Trukikaitis_Postimees, lk 7
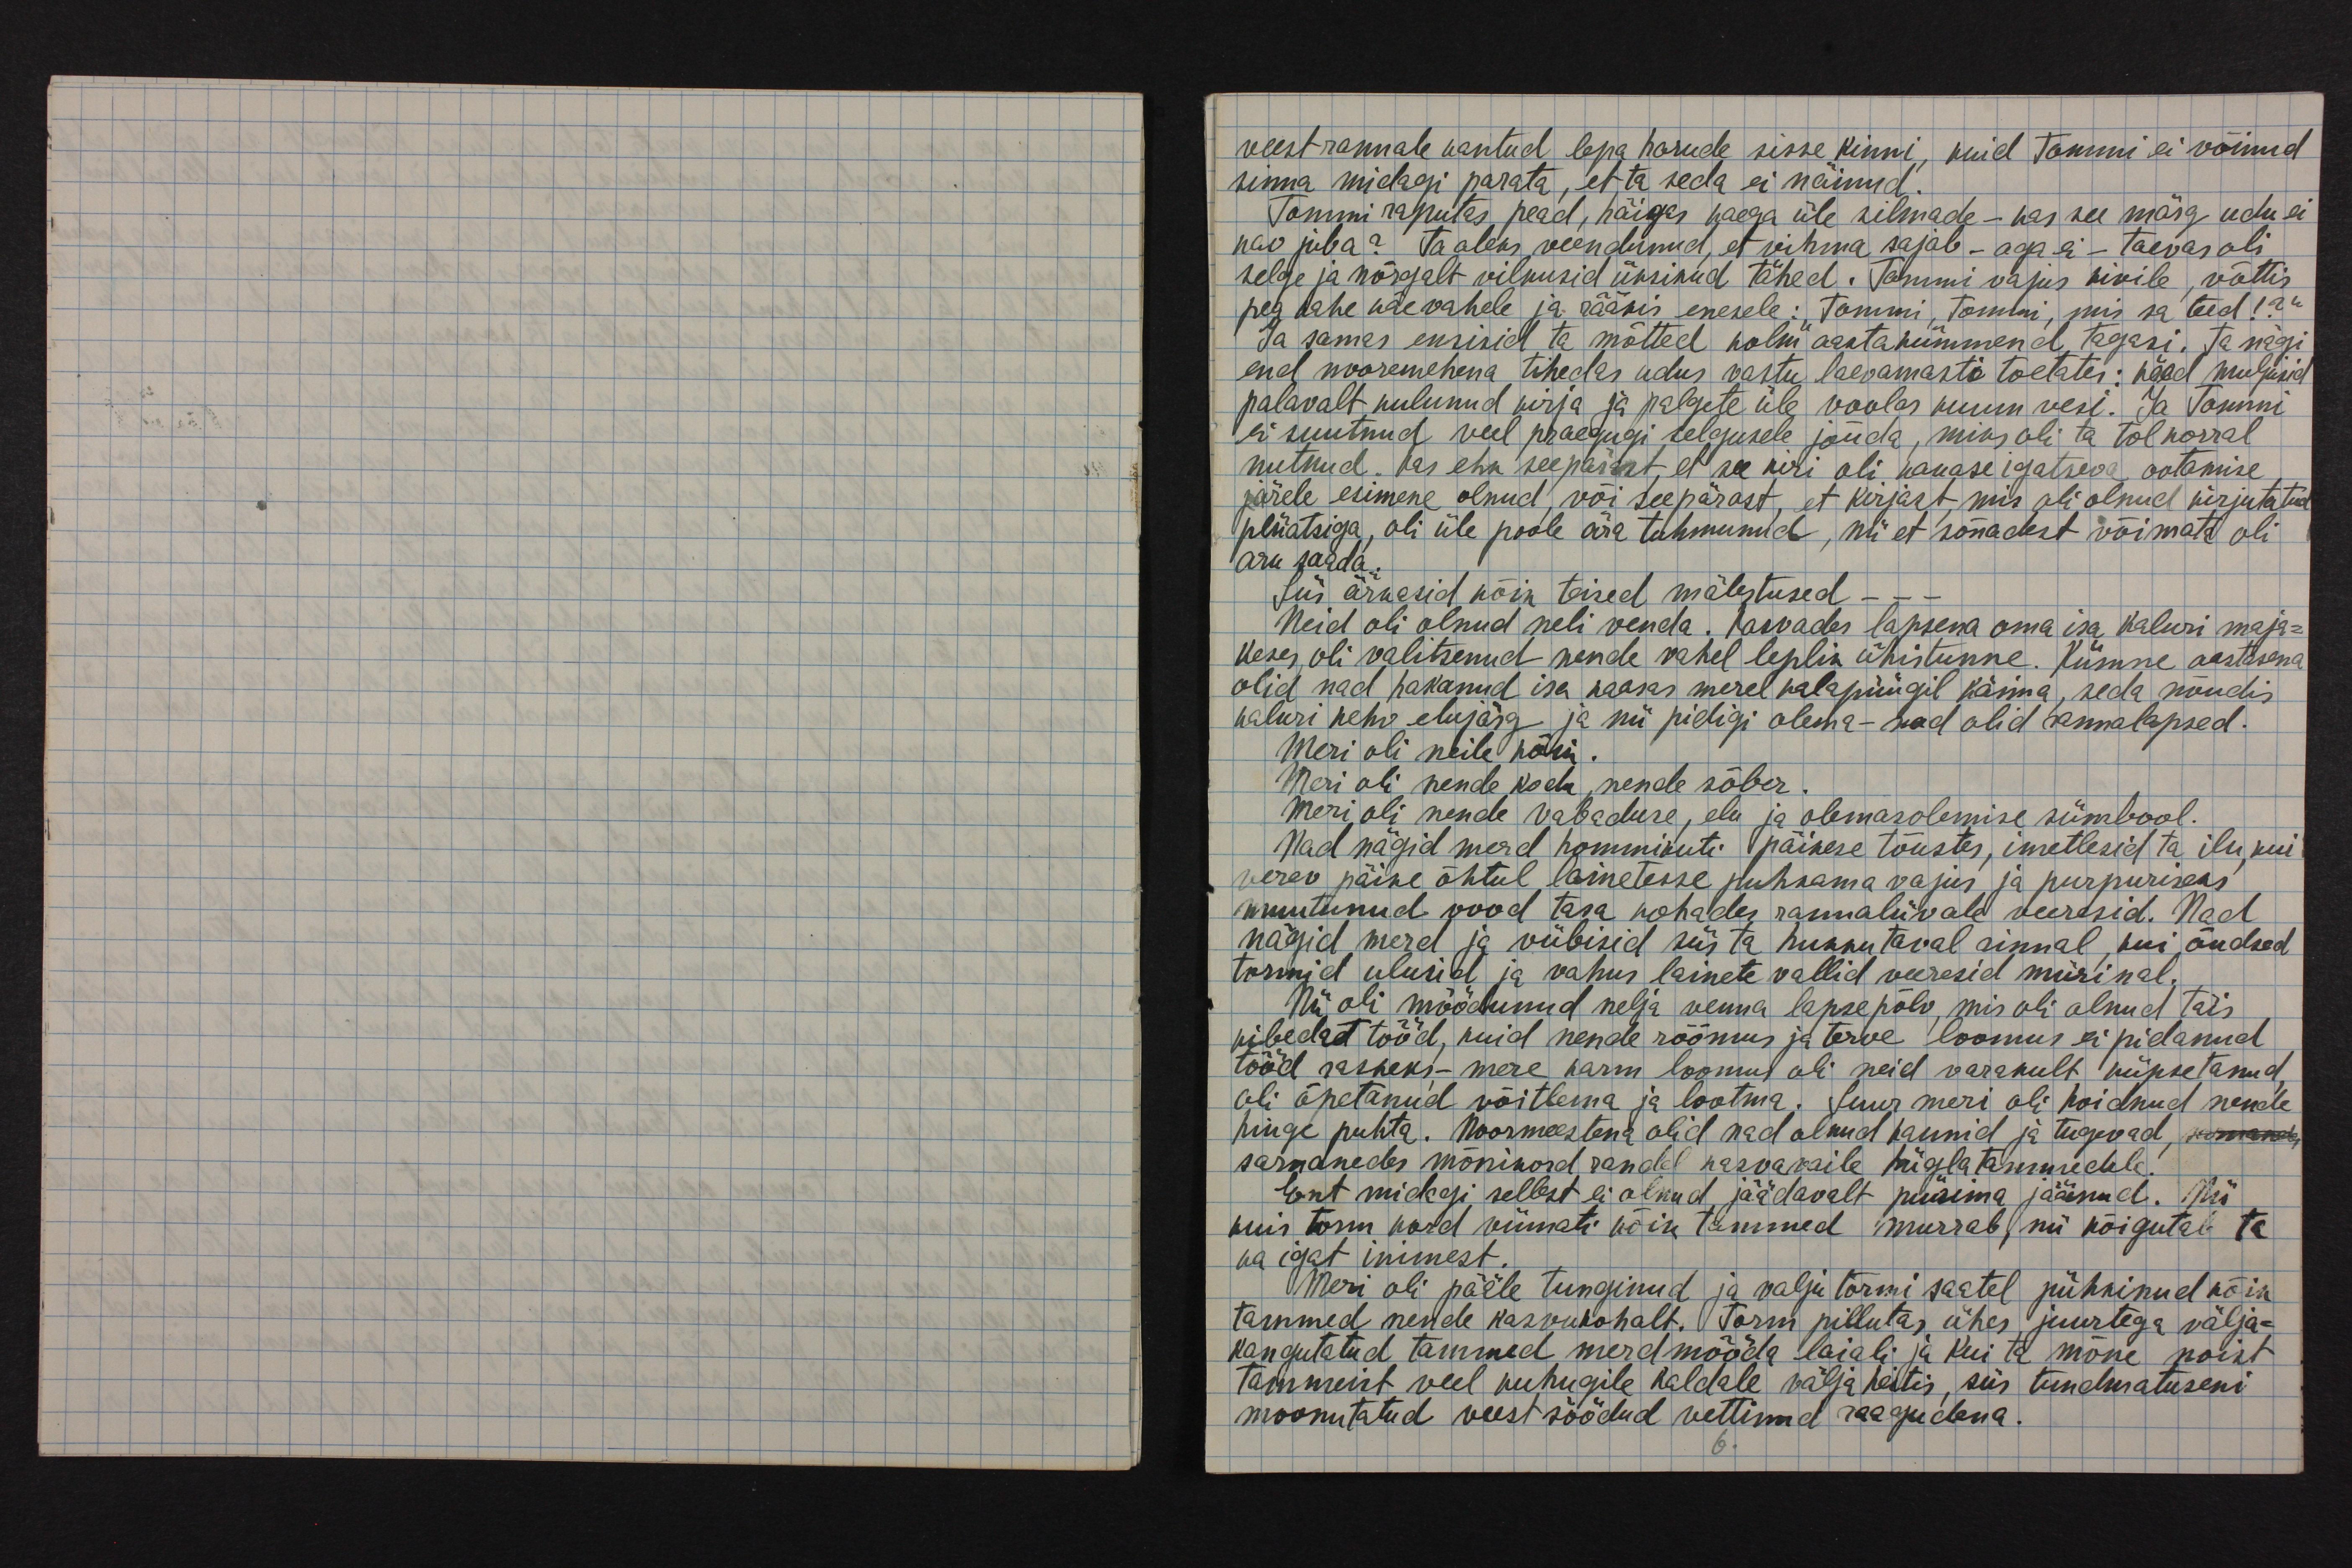
veest rannale kantud lepa harude sisse kinni, kuid Tommi ei võinud
sinna midagi parata, et ta seda ei näinud.
Tommi raputas pead, häigas hooga üle silmade - kas see märg udu ei
kao juba? Ta oleks veendunud, et vihma sajab - aga ei - taevas oli
selge ja nõrgalt vilkusid üksikud tähed. Tommi vajus kivile, võttis
pea kahe käe vahele ja rääkis enesele: "Tommi, Tommi, mis sa teed!?"
Ja samas eksisid ta mõtted kolm aastakümmend tagasi. Ta nägi
end noormehena tihedas udus vastu laevamasti toetates: näod muljusid
palavalt kulunud kirja ja palgete üle voolas kuum vesi. Ja tommi
ei suutnud veel praegugi selgusele jõuda, miks oli ta tol korral
nutnud. Kas ehk seepärast, et see kiri oli kauase igatseva ootamise
järele esimene olnud, või seepärast, et kirjast, mis oli olnud kirjutatud
pliiatsiga, oli üle poole ära tahmunud, nii et sõnadest võimata oli
aru saada.
Siis ärkasid kõik teised mälestused - - -
Neid oli olnud neli venda. Kasvades lapsena oma isa kaluri maja-
keses, oli valitsenud nende vahel leplik ühistunne. Kümne eestlasena
olid nad hakanud isa kaasas merel kalapüügil käima, seda nõudis
kaluri kehv elujärg ja nii pidigi olema - nad olid rannalapsed.
Meri oli neile kõik.
Meri oli nende kodu, nende sõber.
Meri oli nende vabaduse, elu ja olemasolemise sümbool.
Nad nägid merd hommikuti päikese tõuses, imetlesid ta ilu, kui
verev päike õhtul lainetesse puhkama vajus ja purpuriseks
muutunud vood tasa kohades rannaliivale veeresid. Nad
nägid merd ja viibisid siis ta hukkutaval rinnal, kui õudsed
tormid ulusid ja vahus lainete vallid veeresid mürinal.
Nii oli möödunud nelja venna lapsepõlv, mis oli olnud täis
kibedat tööd, kuid nende rõõmus ja terve loomus ei pidanud
tööd raskeks - mere karm loomus oli neid varakult küpsetanud,
oli õpetanud võitlema ja lootma. Suur meri oli hoidnud nende
hinge puhta. Noormeestena olid nad olnud kaunid ja tugevad,
sarnanedes mõnikord randel kasvavaile hiigla tammedele!
Ent midagi sellest ei olnud jäädavalt püsima jäänud. Nii
kuis torm kord viimati kõik tammed murrab, nii kõigutab ta
ka igat inimest.
Meri oli pääle tunginud ja valju tormi saatel pühkinud kõik
tammed nende kasvukohalt. Torm pillutas ühes juurtega välja-
kangutatud tammed merd mööda laiali ja kui ta mõne noist
tammeist veel kuhugile kaldale välja heitis, siis tundmatuseni
moonutatud veest söödud vettinud raagudena.